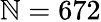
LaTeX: \mathbb{N}=672